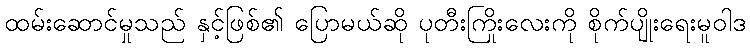
ထမ်းဆောင်မှုသည် နှင့်ဖြစ်၏ ပြောမယ်ဆို ပုတီးကြိုးလေးကို စိုက်ပျိုးရေးမူဝါဒ